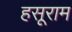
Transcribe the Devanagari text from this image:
हसूराम